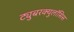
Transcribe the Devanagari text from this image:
ट्युुबरक्युलॉसिस